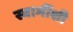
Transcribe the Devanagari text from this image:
स्वामींशी